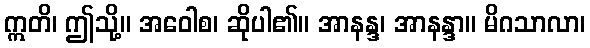
ဣတိ၊ ဤသို့။ အဝေါစ၊ ဆိုပါ၏။ အာနန္ဒ၊ အာနန္ဒာ။ မိဂသာလာ၊